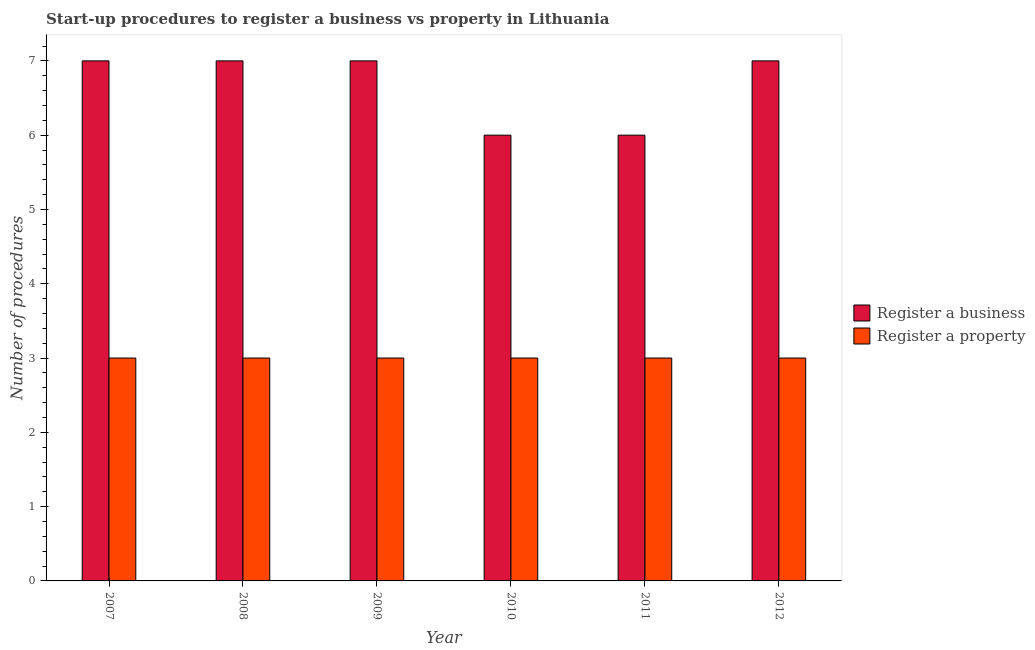
| Year | Register a business | Register a property |
 | --- | --- | --- |
 | 2007 | 7 | 3 |
 | 2008 | 7 | 3 |
 | 2009 | 7 | 3 |
 | 2010 | 6 | 3 |
 | 2011 | 6 | 3 |
 | 2012 | 7 | 3 |